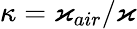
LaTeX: \kappa=\varkappa_{air}/\varkappa